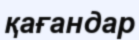
қағандар